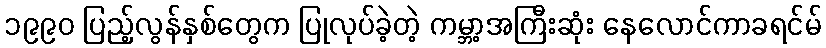
၁၉၉၀ ပြည့်လွန်နှစ်တွေက ပြုလုပ်ခဲ့တဲ့ ကမ္ဘာ့အကြီးဆုံး နေလောင်ကာခရင်မ်